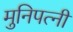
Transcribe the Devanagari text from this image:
मुनिपत्‍नी